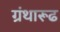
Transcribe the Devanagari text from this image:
ग्रंथारूढ